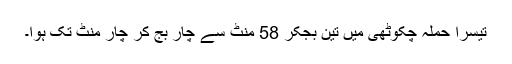
تیسرا حملہ چکوٹھی میں تین بجکر 58 منٹ سے چار بج کر چار منٹ تک ہوا۔